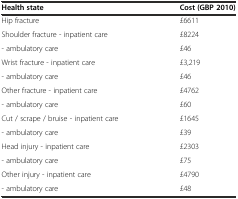
<table><thead><tr><td><b>Health state</b></td><td><b>Cost (GBP 2010)</b></td></tr></thead><tbody><tr><td>Hip fracture</td><td>£6611</td></tr><tr><td>Shoulder fracture - inpatient care</td><td>£8224</td></tr><tr><td>- ambulatory care</td><td>£46</td></tr><tr><td>Wrist fracture - inpatient care</td><td>£3,219</td></tr><tr><td>- ambulatory care</td><td>£46</td></tr><tr><td>Other fracture - inpatient care</td><td>£4762</td></tr><tr><td>- ambulatory care</td><td>£60</td></tr><tr><td>Cut / scrape / bruise - inpatient care</td><td>£1645</td></tr><tr><td>- ambulatory care</td><td>£39</td></tr><tr><td>Head injury - inpatient care</td><td>£2303</td></tr><tr><td>- ambulatory care</td><td>£75</td></tr><tr><td>Other injury - inpatient care</td><td>£4790</td></tr><tr><td>- ambulatory care</td><td>£48</td></tr></tbody></table>